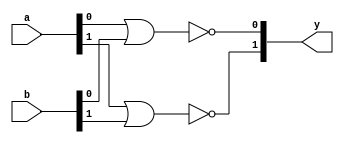
module xup_and_vector #(parameter SIZE=2, DELAY=3)(
    input [SIZE-1:0] a,
    input [SIZE-1:0] b,
    output [SIZE-1:0] y
    );

   genvar i;
    generate
       for (i=0; i < SIZE; i=i+1) 
       begin: nor_i
          nor #DELAY(y[i], a[i], b[i]);
       end
    endgenerate

endmodule